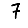
Digit: 7